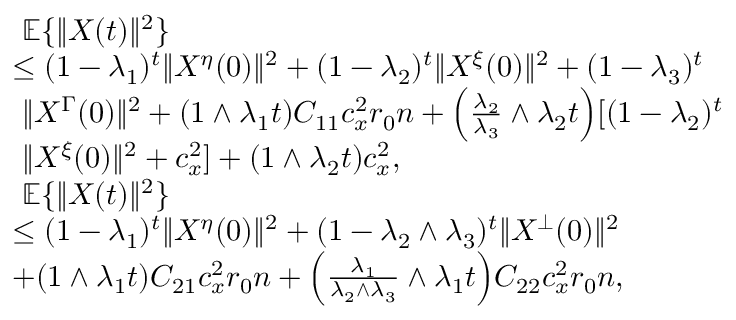
\begin{array} { r l } & { ~ \mathbb { E } \{ \| X ( t ) \| ^ { 2 } \} } \\ & { \le ( 1 - \lambda _ { 1 } ) ^ { t } \| X ^ { \eta } ( 0 ) \| ^ { 2 } + ( 1 - \lambda _ { 2 } ) ^ { t } \| X ^ { \xi } ( 0 ) \| ^ { 2 } + ( 1 - \lambda _ { 3 } ) ^ { t } } \\ & { ~ \| X ^ { \Gamma } ( 0 ) \| ^ { 2 } + ( 1 \wedge \lambda _ { 1 } t ) C _ { 1 1 } c _ { x } ^ { 2 } r _ { 0 } n + \Big ( \frac { \lambda _ { 2 } } { \lambda _ { 3 } } \wedge \lambda _ { 2 } t \Big ) [ ( 1 - \lambda _ { 2 } ) ^ { t } } \\ & { ~ \| X ^ { \xi } ( 0 ) \| ^ { 2 } + c _ { x } ^ { 2 } ] + ( 1 \wedge \lambda _ { 2 } t ) c _ { x } ^ { 2 } , } \\ & { ~ \mathbb { E } \{ \| X ( t ) \| ^ { 2 } \} } \\ & { \le ( 1 - \lambda _ { 1 } ) ^ { t } \| X ^ { \eta } ( 0 ) \| ^ { 2 } + ( 1 - \lambda _ { 2 } \wedge \lambda _ { 3 } ) ^ { t } \| X ^ { \bot } ( 0 ) \| ^ { 2 } } \\ & { + ( 1 \wedge \lambda _ { 1 } t ) C _ { 2 1 } c _ { x } ^ { 2 } r _ { 0 } n + \Big ( \frac { \lambda _ { 1 } } { \lambda _ { 2 } \wedge \lambda _ { 3 } } \wedge \lambda _ { 1 } t \Big ) C _ { 2 2 } c _ { x } ^ { 2 } r _ { 0 } n , } \end{array}